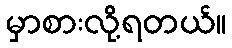
မှာစားလို့ရတယ်။